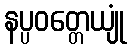
နပ္ပဝတ္တေယျုံ